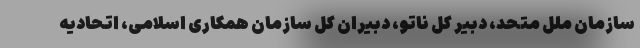
سازمان ملل متحد، دبیر کل ناتو، دبیران کل سازمان همکاری اسلامی، اتحادیه